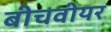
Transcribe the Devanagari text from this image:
बीचवीयर